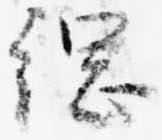
綱